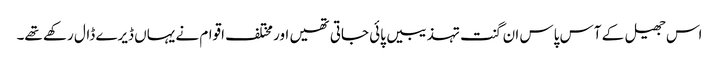
اس جھیل کے آس پاس ان گنت تہذیبیں پائی جاتی تھیں اور مختلف اقوام نے یہاں ڈیرے ڈال رکھے تھے۔